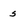
Character: 5